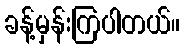
ခန့်မှန်းကြပါတယ်။